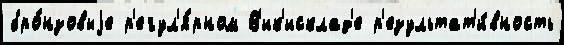
бро́нзовыjе р'егул'я́рном В'ик'исклад'е р'езультат'и́вность